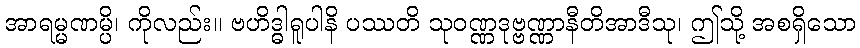
အာရမ္မဏမ္ပိ၊ ကိုလည်း။ ဗဟိဒ္ဓါရူပါနိ ပဿတိ သုဝဏ္ဏဒုဗ္ဗဏ္ဏာနီတိအာဒီသု၊ ဤသို့ အစရှိသော